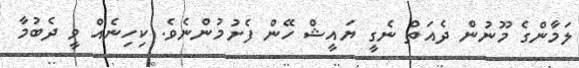
ލަމާންގެ މޫނުން ދެއަތް ނެގީ ޔައީޝް ހޭން ފެށުމުންނެވެ. ކިހިނެއް ވީ ދެބުމާ